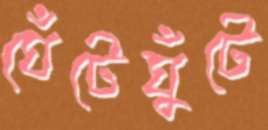
ঘেঁটেঘুঁটে